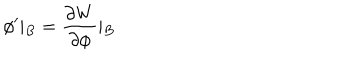
\phi ^ { \prime } \vert _ { B } = \frac { \partial W } { \partial \phi } \vert _ { B }